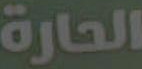
الحارة